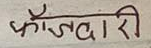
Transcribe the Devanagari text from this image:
फौजदारी